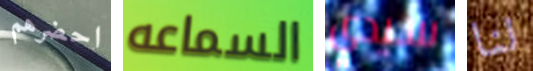
احضرهم السماعه سيدي لنا